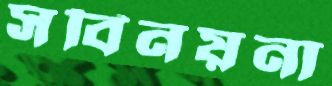
সবিনয়না